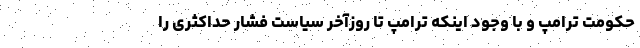
حكومت ترامپ و با وجود اینکه ترامپ تا روزآخر سیاست فشار حداکثری را